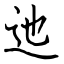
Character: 迆